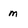
Character: m